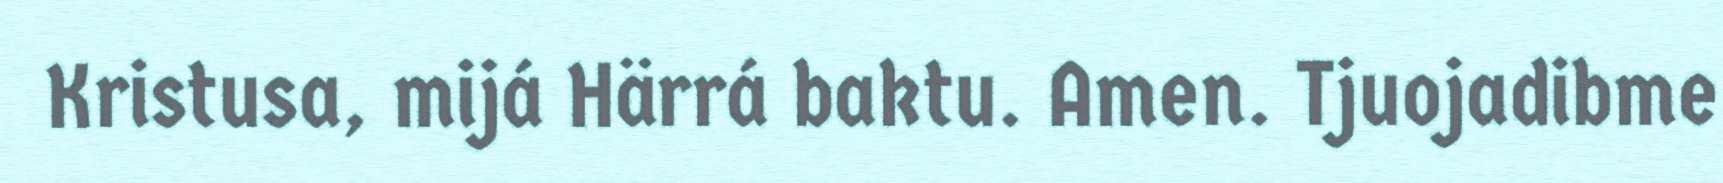
Kristusa, mijá Härrá baktu. Amen. Tjuojadibme